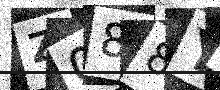
Text: Z088YT